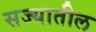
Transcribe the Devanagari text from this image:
सज्यातील